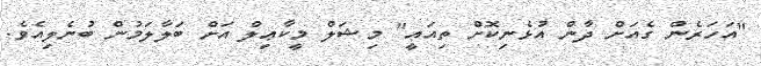
"އަހަރެން ގެއަށް ދާން އުޅެނިކޮށް ތިއައީ" މިޝަލް މީކާޢިލް އަށް ބަލާލަމުން ބުނެލިއެވެ.